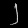
Digit: ၂